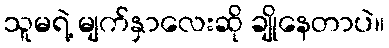
သူမရဲ့ မျက်နှာလေးဆို ချိုနေတာပဲ။